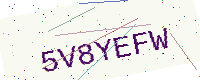
Text: 5V8YEFW